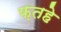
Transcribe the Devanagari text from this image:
फ़तहे